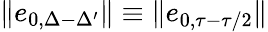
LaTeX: \| e_{0,\Delta-\Delta^{\prime}}\| \equiv\| e_{0,\tau-\tau/2}\|